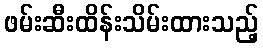
ဖမ်းဆီးထိန်းသိမ်းထားသည့်